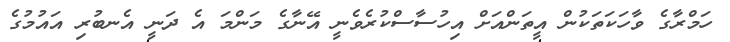
ހަމްރާގެ ވާހަކަތަކުން އީތަންއަށް އިހުސާސްކުރެވެނީ އޭނާގެ މަންމަ އެ ދަނީ އެނބުރި އައުމުގެ